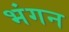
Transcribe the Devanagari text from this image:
भंगन